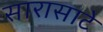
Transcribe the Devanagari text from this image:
सारासाटे